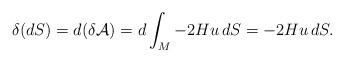
LaTeX: \begin{align*} \delta (dS) = d(\delta \mathcal{A}) = d \int_M -2 Hu \, dS = -2 Hu \, dS.\end{align*}